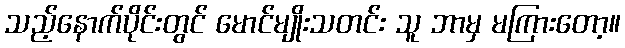
သည့်နောက်ပိုင်းတွင် မောင်မျိုးသတင်း သူ ဘာမှ မကြားတော့။